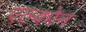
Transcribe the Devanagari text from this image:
एल्कोन